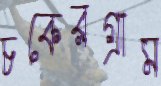
চকেরগ্রাম